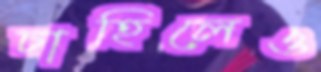
চাহিলেও